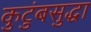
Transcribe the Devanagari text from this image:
कुटुंबसुद्धा